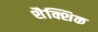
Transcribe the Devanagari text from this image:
शैक्शिक